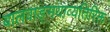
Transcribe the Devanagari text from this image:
बालवाङ्‌मयाव्यतिरिक्त